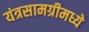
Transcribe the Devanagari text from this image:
यंत्रसामग्रीमध्ये